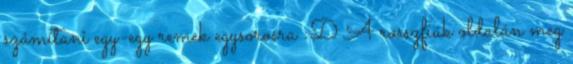
számítani egy-egy remek egysorosra :D A rosszfiúk oldalán meg